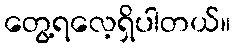
တွေ့ရလေ့ရှိပါတယ်။